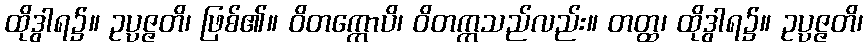
ထိုဒွါရ၌။ ဥပ္ပဇ္ဇတိ၊ ဖြစ်၏။ ဝိတက္ကောပိ၊ ဝိတက္ကသည်လည်း။ တတ္ထ၊ ထိုဒွါရ၌။ ဥပ္ပဇ္ဇတိ၊